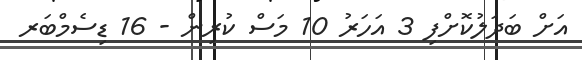
އަށް ބަދަލުކޮށްފި 3 އަހަރު 10 މަސް ކުރިން - 16 ޑިސެމްބަރ